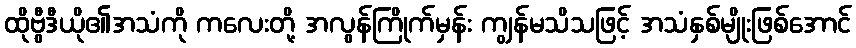
ထိုဗွီဒီယို၏အသံကို ကလေးတို့ အလွန်ကြိုက်မှန်း ကျွန်မသိသဖြင့် အသံနှစ်မျိုးဖြစ်အောင်